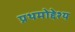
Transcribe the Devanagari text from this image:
प्रथमोद्देश्य